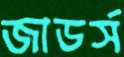
জাডর্স